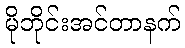
မိုဘိုင်းအင်တာနက်